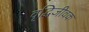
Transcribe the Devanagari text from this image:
वृद्धिजीवक